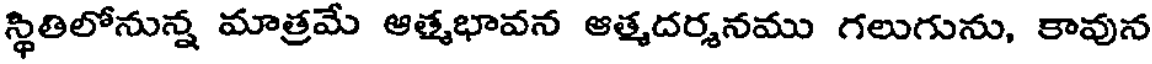
స్థితిలోనున్న మాత్రమే ఆత్మభావన ఆత్మదర్శనము గలుగును, కావున